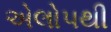
એલોપથી